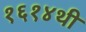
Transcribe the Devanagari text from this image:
१६१४थी